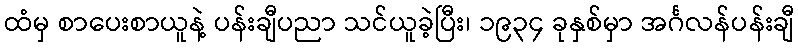
ထံမှ စာပေးစာယူနဲ့ ပန်းချီပညာ သင်ယူခဲ့ပြီး၊ ၁၉၃၄ ခုနှစ်မှာ အင်္ဂလန်ပန်းချီ